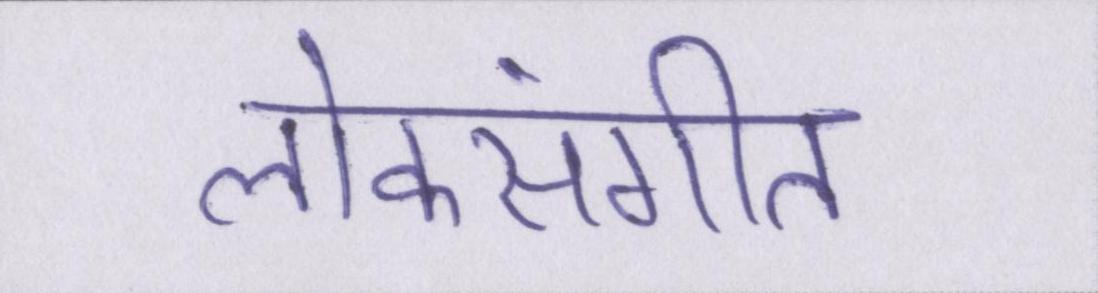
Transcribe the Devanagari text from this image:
लोकसंगीत